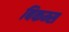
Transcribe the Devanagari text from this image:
बिकम्स